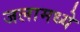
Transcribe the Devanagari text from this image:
जलामध्ये